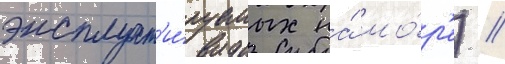
эксплуат'и́руемых на́ мо́р'е) //